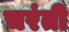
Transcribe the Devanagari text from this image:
चरंती